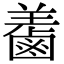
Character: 𪉤